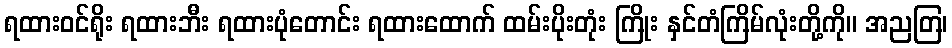
ရထားဝင်ရိုး ရထားဘီး ရထားပုံတောင်း ရထားထောက် ထမ်းပိုးတုံး ကြိုး နှင်တံကြိမ်လုံးတို့ကို။ အညတြ၊